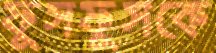
ফুসফুসকে